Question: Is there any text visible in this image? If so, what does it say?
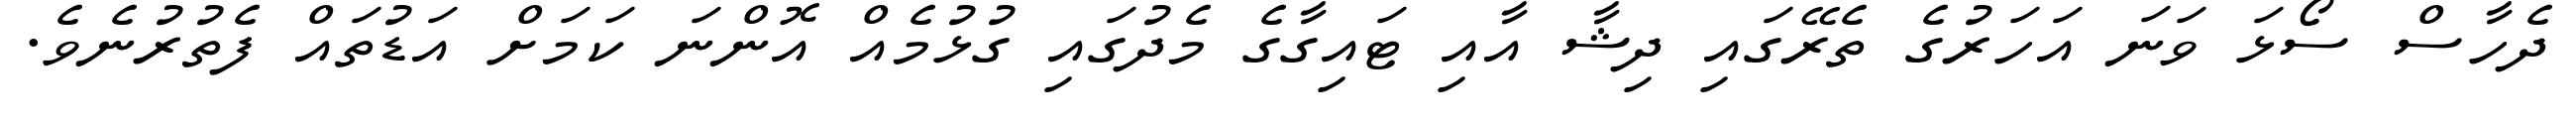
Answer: ދެހާސް ސޯޅަ ވަނަ އަހަރުގެ ތެރޭގައި ދިޝާ އާއި ޓައިގާގެ މެދުގައި ގުޅުމެއް އޮންނަ ކަމަށް އަޑުތައް ފެތުރުނެވެ.